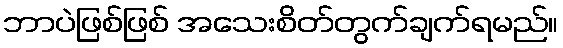
ဘာပဲဖြစ်ဖြစ် အသေးစိတ်တွက်ချက်ရမည်။